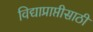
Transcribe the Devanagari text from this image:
विद्याप्राप्तीसाठी